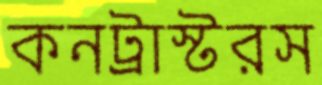
কনট্রাস্টরস